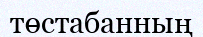
төстабанның